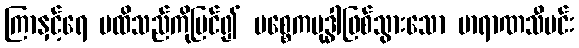
ကြာနှင့်ရေ မထိသည်ကိုမြင်၍ ပစ္စေကဗုဒ္ဓါဖြစ်သွားသော ဗာရာဏသီမင်း